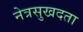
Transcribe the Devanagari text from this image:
नेत्रसुखदता